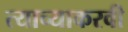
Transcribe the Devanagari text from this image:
त्याच्याकरवी